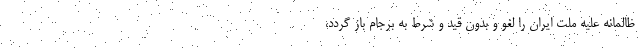
ظالمانه علیه ملت ایران را لغو و بدون قید و شرط به برجام باز گردد،